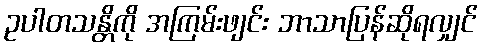
ဥပါတသန္တိကို အကြမ်းဖျင်း ဘာသာပြန်ဆိုရလျှင်